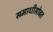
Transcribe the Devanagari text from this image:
समाधीसोबत